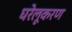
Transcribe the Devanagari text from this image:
घरेलूकरण